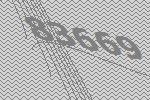
83669